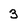
Character: 3